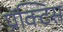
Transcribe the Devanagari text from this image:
प्रॅक्‍टिस